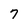
Character: 7